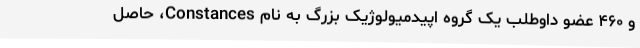
و ۴۶۰ عضو داوطلب یک گروه اپیدمیولوژیک بزرگ به نام Constances، حاصل